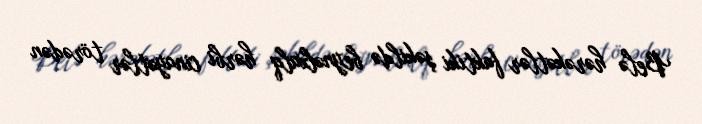
Belə hərəkətlər faktiki şəkildə beynəlxalq hərbi cinayətlər törədən